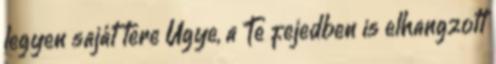
legyen saját tere Ugye, a Te fejedben is elhangzott